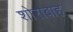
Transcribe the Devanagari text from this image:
शोराबाह